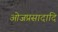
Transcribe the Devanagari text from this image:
ओजप्रसादादि